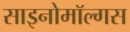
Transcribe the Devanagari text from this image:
साइनोमॉल्गस